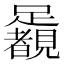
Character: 𨇛